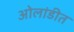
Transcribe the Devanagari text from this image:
ओलांडीत